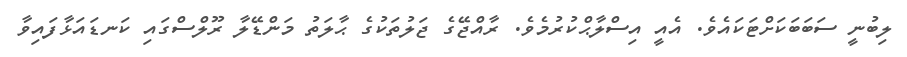
ލިބުނީ ސަބަބަކަށްޓަކައެވެ. އެއީ އިސްލާޙްކުރުމެވެ. ރާއްޖޭގެ ޖަލުތަކުގެ ޙާލަތު މަންޑޭލާ ރޫލްސްގައި ކަނޑައަޅާފައިވާ